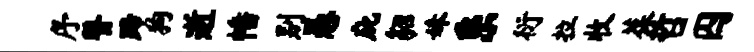
序瞽蹄狗逝幡别愚庇貂妹系衍拉收葆哲囚